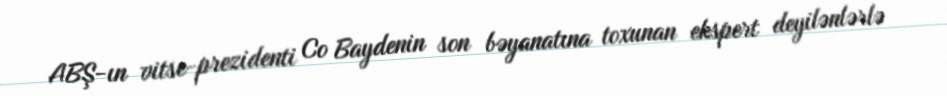
ABŞ-ın vitse-prezidenti Co Baydenin son bəyanatına toxunan ekspert deyilənlərlə